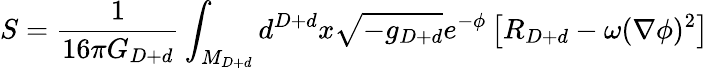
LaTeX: S={\frac{1}{16\pi G_{D+d}}}\int_{M_{D+d}}d^{D+d}x\sqrt{-g_{D+d}}e^{-\phi}\left[R_{D+d}-\omega(\nabla\phi)^{2}\right]